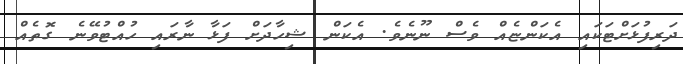
ދަރިފުޅަށްޓަކައި އެކަންޏެއް ވެސް ނޫނެވެ. އެކަން ޝިހާދަށް ފަޅާ ނާރައި ހުއްޓުވޭނެ ގޮތެއް